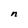
Character: n